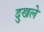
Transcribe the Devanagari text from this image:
दुखले